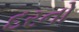
દરનો